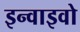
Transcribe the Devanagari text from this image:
इन्वाइवो